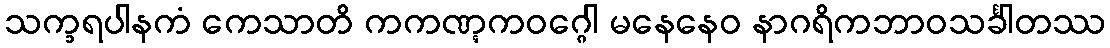
သက္ခရပါနကံ ကေသာတိ ကကဏ္ဋကဝဂ္ဂေါ မနေနေဝ နာဂရိကဘာဝသင်္ခါတဿ